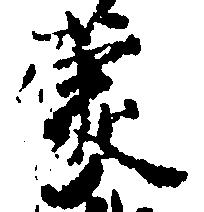
蒙